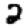
Digit: 2